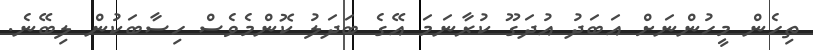
ތިހެން މީހުންނަށް އަބަދު އުދަގޫ ކުރާނަމަ އޭގެ ބަދަލު ކޮންމެވެސް ހިސާބަކުން ލިބޭނެ.